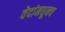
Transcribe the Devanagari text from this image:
वेदांमधूनच